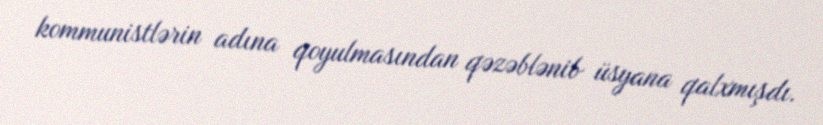
kommunistlərin adına qoyulmasından qəzəblənib üsyana qalxmışdı.